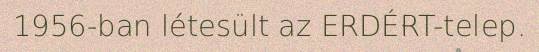
1956-ban létesült az ERDÉRT-telep.